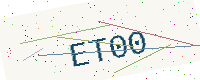
Text: ET00